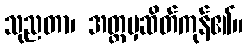
သုညတာ၊ အတ္တမှဆိတ်ကုန်၏။